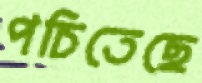
পচিতেছে